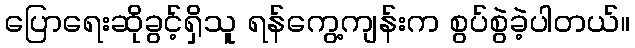
ပြောရေးဆိုခွင့်ရှိသူ ရန်ကွေ့ကျန်းက စွပ်စွဲခဲ့ပါတယ်။